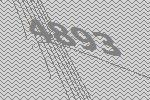
4893